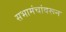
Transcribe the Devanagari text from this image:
सभामंचांवरून